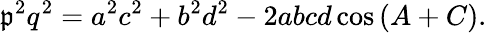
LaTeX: \mathfrak{p}^{2}q^{2}=a^{2}c^{2}+b^{2}d^{2}-2abcd\cos{(A+C)}.